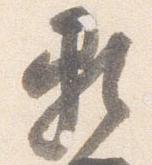
頼